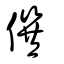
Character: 僎